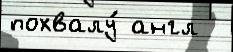
похвалу́ англ